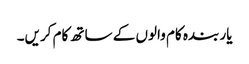
یار بندہ کام والوں کے ساتھ کام کریں۔